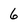
Character: 6